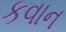
કવાન